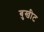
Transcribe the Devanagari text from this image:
बुखीट